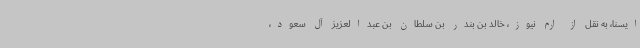
ایسنا، به نقل از ارم نیوز، خالد بن بندر بن سلطان بن عبدالعزیز آل سعود،